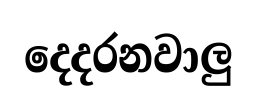
දෙදරනවාලු